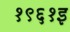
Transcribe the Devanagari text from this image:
१९६१इ